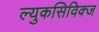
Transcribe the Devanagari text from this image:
ल्युकसिविक्ज